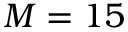
M = 1 5